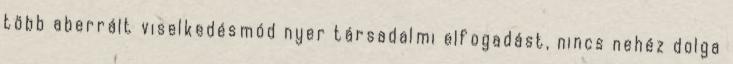
több aberrált viselkedésmód nyer társadalmi elfogadást, nincs nehéz dolga